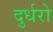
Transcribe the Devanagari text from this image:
दुर्धरो